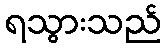
ရသွားသည်